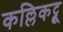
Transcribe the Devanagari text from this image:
कल्लिकट्टू